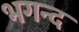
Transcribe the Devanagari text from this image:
भगन्द